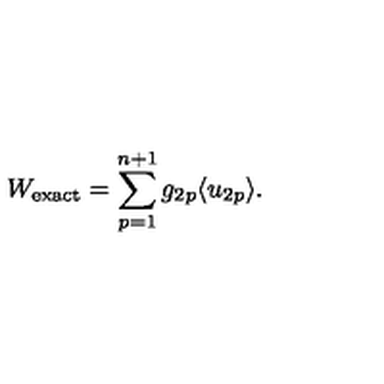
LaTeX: W _ { \mathrm { e x a c t } } = \sum _ { p = 1 } ^ { n + 1 } g _ { 2 p } \langle u _ { 2 p } \rangle .